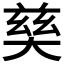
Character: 𡙛